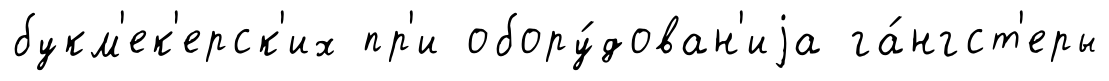
букм'ек'ерск'их пр'и обору́дован'иjа га́нгст'еры